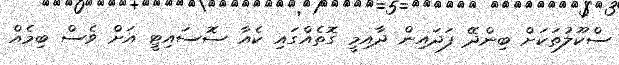
ސްކޫލުތަކަށް ބިންދޭ ފަދައިން ދާއިމީ ގޮތެއްގައި ކެއާ ސޮސައިޓީ އަށް ވެސް ބިމެއް